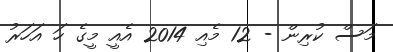
މަސް ކުރިން - 12 މެއި 2014 އެއީ މީގެ ހަ އަހަރު